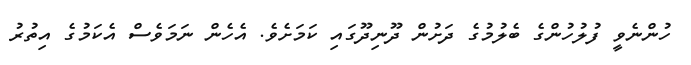
ހުންނެވީ ފުލުހުންގެ ބެލުމުގެ ދަށުން ދޫނިދޫގައި ކަަމަށެވެ. އެހެން ނަމަވެސް އެކަމުގެ އިތުރު